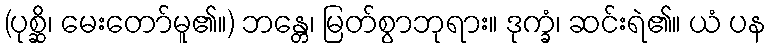
(ပုစ္ဆိ၊ မေးတော်မူ၏။) ဘန္တေ၊ မြတ်စွာဘုရား။ ဒုက္ခံ၊ ဆင်းရဲ၏။ ယံ ပန